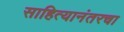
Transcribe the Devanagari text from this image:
साहित्यानंतरचा